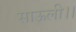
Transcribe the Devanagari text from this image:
साऊली।।